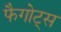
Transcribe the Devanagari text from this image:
फैगोट्स